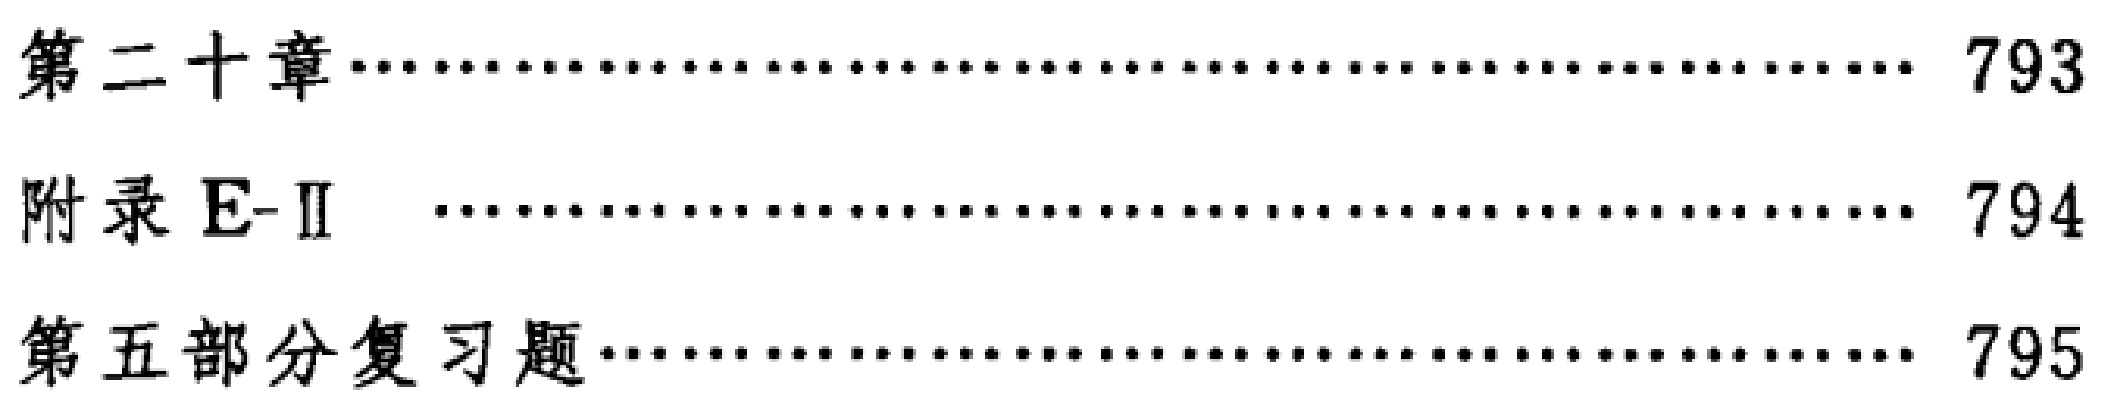
\begin{enumerate}
\item 第二十章\hfill 793
\item 附录 E - II\hfill 794
\item 第五部分复习题\hfill 795
\end{enumerate}